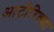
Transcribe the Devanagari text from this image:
आटोरिक्शा